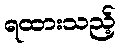
ရထားသည့်